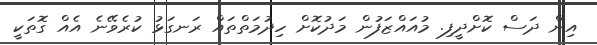
އިން ދަސް ކޮށްދީފި. މުއައްޒަފުން މަދުކޮށް ހިދުމަތްތައް ރަނގަޅު ކުރެވޭނެ އެއް ގޮތަކީ